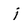
Character: j